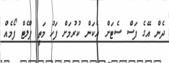
ދެން އޭގެ ފަސް ސެޓަށް އެކަން ކުރުމަށް ފަހު މަތީ ޕްލެޓް ފޯމެއް